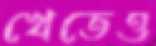
খেতেও